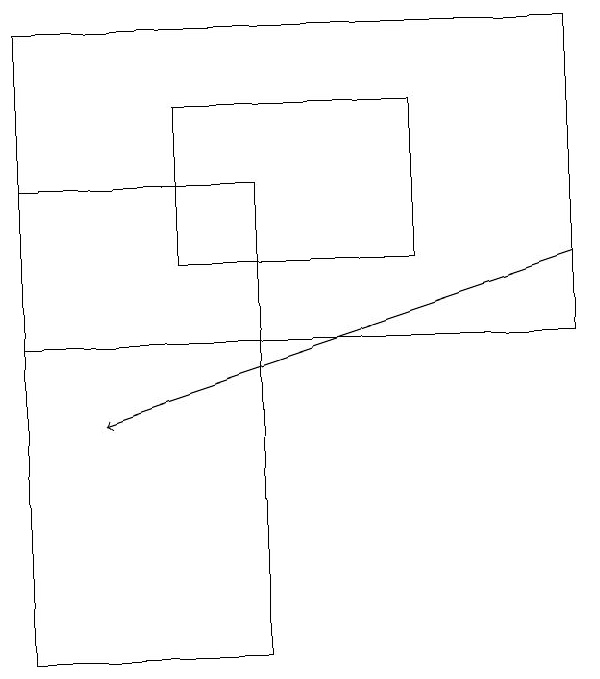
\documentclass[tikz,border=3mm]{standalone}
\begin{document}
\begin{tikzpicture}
\draw (5,15) rectangle (2,17);
\draw (0,10) rectangle (3,16);
\draw (7,18) rectangle (0,14);
\draw[->] (7,15) -- (1,13);
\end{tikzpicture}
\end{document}